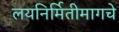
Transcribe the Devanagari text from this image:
लयनिर्मितीमागचे